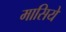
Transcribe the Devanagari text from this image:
मासिये